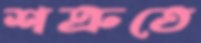
শত্রুতে